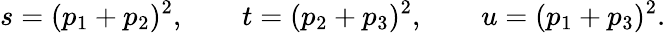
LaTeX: s=(p_{1}+p_{2})^{2},\qquad t=(p_{2}+p_{3})^{2},\qquad u=(p_{1}+p_{3})^{2}.